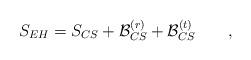
LaTeX: \begin{align*}S_{EH}=S_{CS}+{\cal B}_{CS}^{(r)} +{\cal B}_{CS}^{(t)} \qquad ,\end{align*}